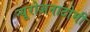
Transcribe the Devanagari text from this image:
न्यूरोअनाटोमी